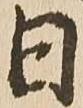
日